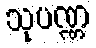
သုပဏ္ဏ